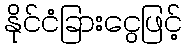
နိုင်ငံခြားငွေဖြင့်